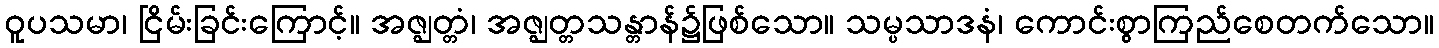
ဝူပသမာ၊ ငြိမ်းခြင်းကြောင့်။ အဇ္ဈတ္တံ၊ အဇ္ဈတ္တသန္တာန်၌ဖြစ်သော။ သမ္ပသာဒနံ၊ ကောင်းစွာကြည်စေတက်သော။